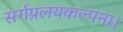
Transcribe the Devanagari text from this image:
सर्गप्रलयकल्पना।